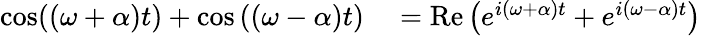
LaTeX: \begin{array}{rl}{\cos((\omega+\alpha)t)+\cos\left((\omega-\alpha)t\right)}&{{}=\operatorname{Re}\left(e^{i(\omega+\alpha)t}+e^{i(\omega-\alpha)t}\right)}\end{array}